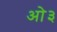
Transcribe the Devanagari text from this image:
ओ३